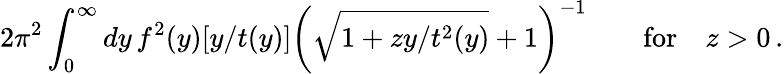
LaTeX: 2\pi^{2}\int_{0}^{\infty}dy\, f^{2}(y)[y/t(y)]\left(\sqrt{1+zy/t^{2}(y)}+1\right)^{-1}\qquad\mathrm{for}\quad z>0\, .